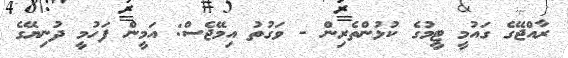
ރާއްޖޭގެ ގައުމީ ޓީމުގެ ކުޅުންތެރިން - ވަގުތު އިމޭޖެސް: އަމީން ފަހުމީ ދުނިޔޭގެ